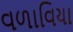
વળાવિયા